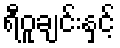
ရီဝူချင်းနှင့်